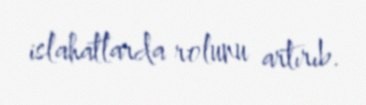
islahatlarda rolunu artırıb.